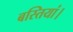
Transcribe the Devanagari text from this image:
बस्तियां।